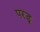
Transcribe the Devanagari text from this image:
परडू